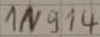
Text: 1N914